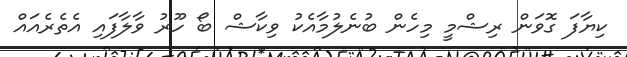
ކިޔާފަ ގޮވަން ރިޝްމީ މިހެން ބުނެލުމާއެކު ވިކާޝް ބޯ ހޫރު ވާލާފައި އެތެރެއައް